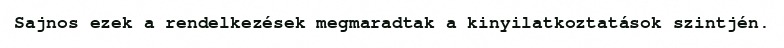
Sajnos ezek a rendelkezések megmaradtak a kinyilatkoztatások szintjén.